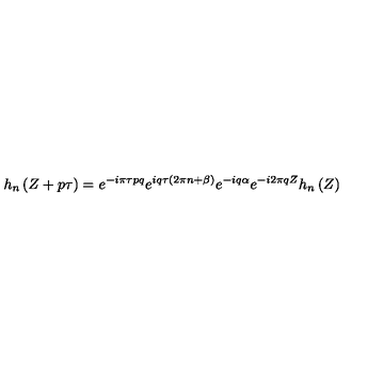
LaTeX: h _ { n } \left( Z + p \tau \right) = e ^ { - i \pi \tau p q } e ^ { i q \tau \left( 2 \pi n + \beta \right) } e ^ { - i q \alpha } e ^ { - i 2 \pi q Z } h _ { n } \left( Z \right)